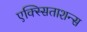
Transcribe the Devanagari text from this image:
एक्स्सिताशन्स